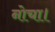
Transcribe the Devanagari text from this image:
नोचा।